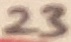
Text: 23